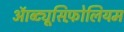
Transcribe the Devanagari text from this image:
ऑब्ट्यूसिफ़ोलियम